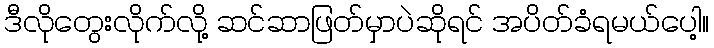
ဒီလိုတွေးလိုက်လို့ ဆင်ဆာဖြတ်မှာပဲဆိုရင် အပိတ်ခံရမယ်ပေါ့။